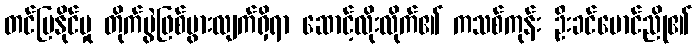
တင်ပြနိုင်မှု တိုက်ပွဲဖြစ်ပွားလျက်ရှိရာ ဆောင့်လိုးလိုက်၏ ကသစ်ကုန်း ဦးခင်မောင်ညို၏